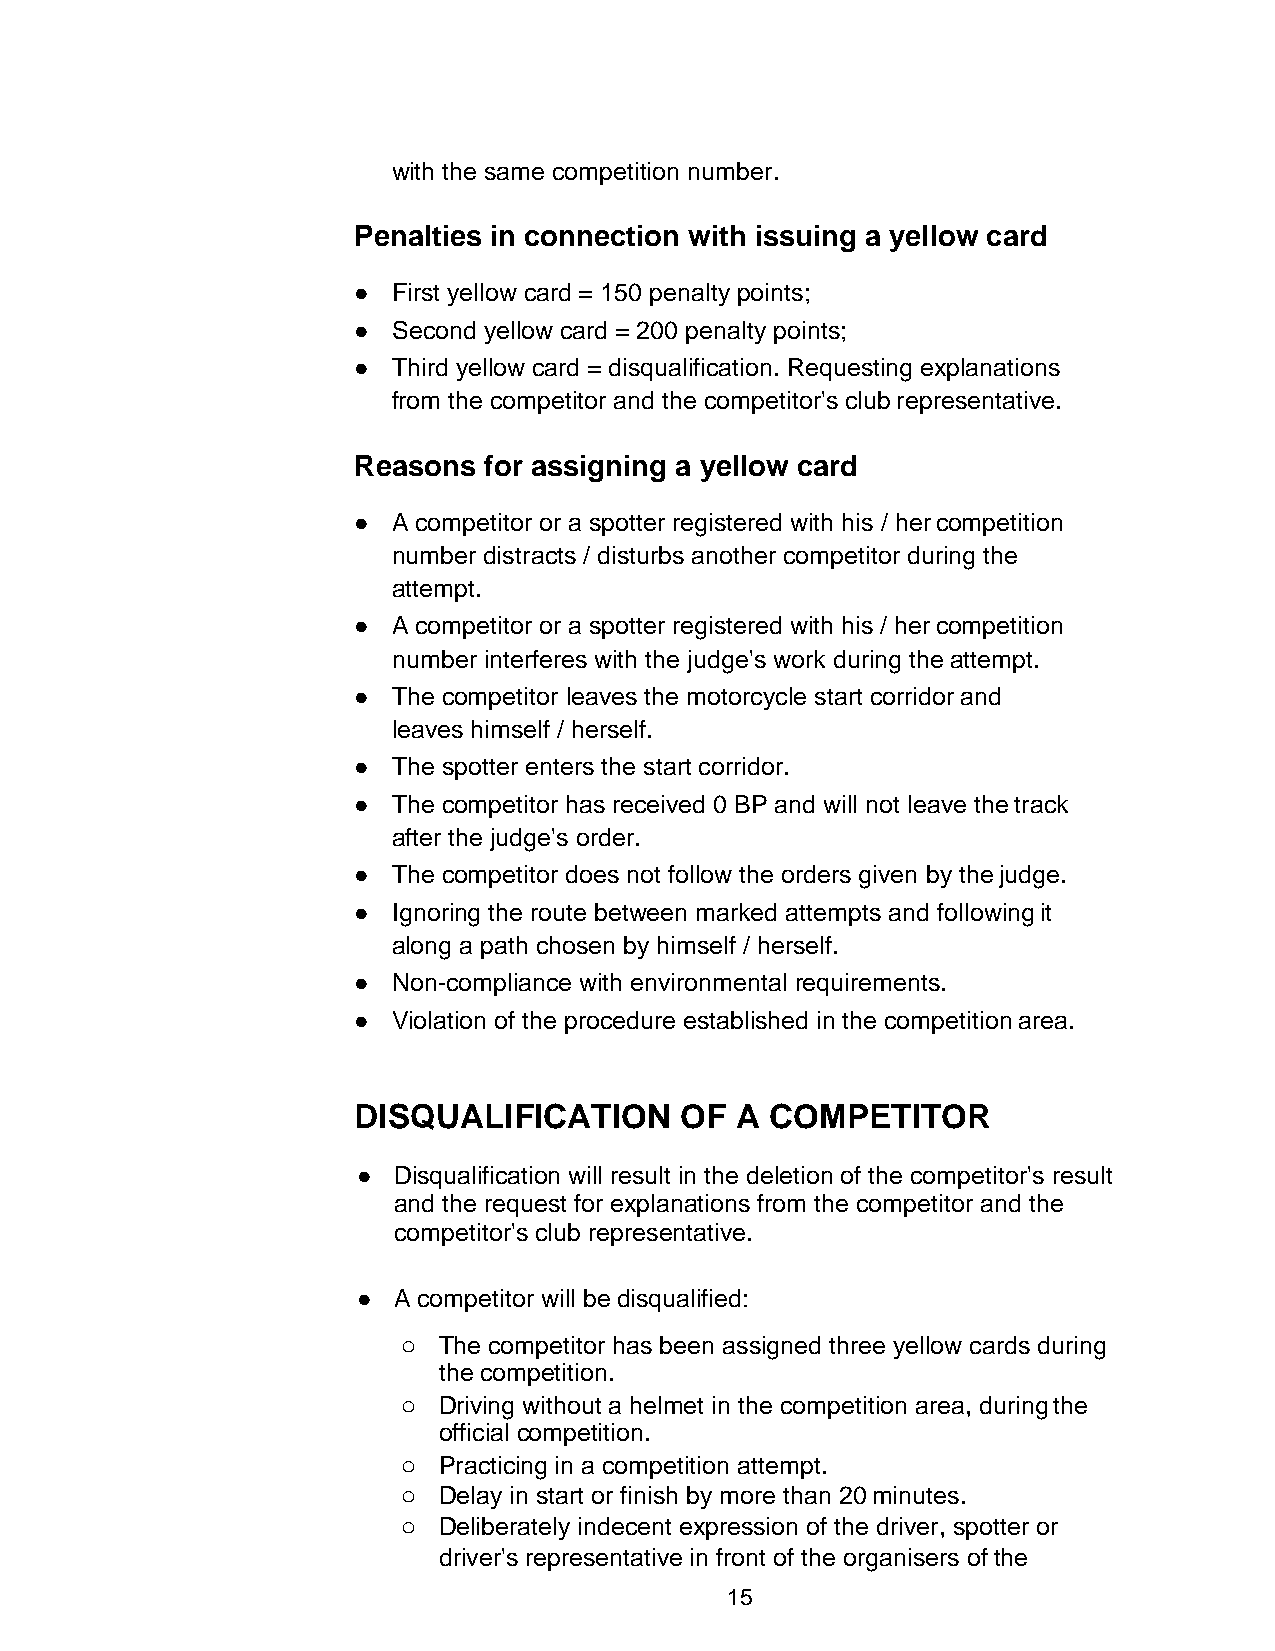
with the same competition number.
 Penalties in connection with issuing a yellow card
 ●  First yellow card = 150 penalty points;
 ●  Second yellow card = 200 penalty points;
 ●  Third yellow card = disqualification. Requesting explanations
 from the competitor and the competitor's club representative.
 Reasons  for assigning a yellow card
 ●  A competitor or a spotter registered with his / her competition
 number distracts / disturbs another competitor during the
 attempt.
 ●  A competitor or a spotter registered with his / her competition
 number interferes with the judge's work during the attempt.
 ●  The competitor leaves the motorcycle start corridor and
 leaves himself / herself.
 ●  The spotter enters the start corridor.
 ●  The competitor has received 0 BP and will not leave the track
 after the judge's order.
 ●  The competitor does not follow the orders given by the judge.
 ●  Ignoring the route between marked attempts and following it
 along a path chosen by himself / herself.
 ●  Non-compliance with environmental requirements.
 ●  Violation of the procedure established in the competition area.
 DISQUALIFICATION      OF  A COMPETITOR
 ● Disqualification will result in the deletion of the competitor's result
 and the request for explanations from the competitor and the
 competitor's club representative.
 ● A competitor will be disqualified:
 o The competitor has been assigned three yellow cards during
 the competition.
 o Driving without a helmet in the competition area, during the
 official competition.
 o Practicing in a competition attempt.
 o Delay in start or finish by more than 20 minutes.
 o Deliberately indecent expression of the driver, spotter or
 driver's representative in front of the organisers of the
 15